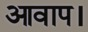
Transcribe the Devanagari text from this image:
आवाप।